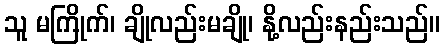
သူ မကြိုက်၊ ချိုလည်းမချို၊ နို့လည်းနည်းသည်။